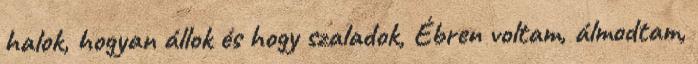
halok, hogyan állok és hogy szaladok, Ébren voltam, álmodtam,